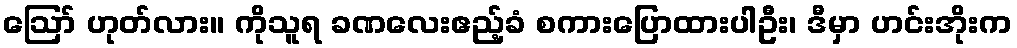
ဪ ဟုတ်လား။ ကိုသူရ ခဏလေးဧည့်ခံ စကားပြောထားပါဦး၊ ဒီမှာ ဟင်းအိုးက